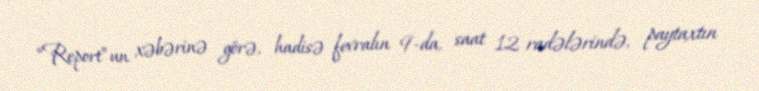
“Report”un xəbərinə görə, hadisə fevralın 9-da, saat 12 radələrində, paytaxtın